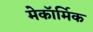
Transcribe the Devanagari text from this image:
मेकॉर्मिक